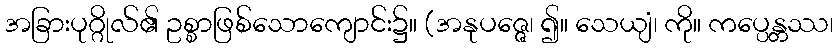
အခြားပုဂ္ဂိုလ်၏ ဥစ္စာဖြစ်သောကျောင်း၌။ (အနုပဇ္ဇေ၊ ၍။ သေယျံ၊ ကို။ ကပ္ပေန္တဿ၊